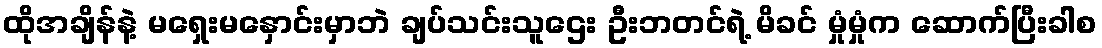
ထိုအချိန်နဲ့ မရှေးမနှောင်းမှာဘဲ ချပ်သင်းသူဌေး ဦးဘတင်ရဲ့ မိခင် မှုံမှုံက ဆောက်ပြီးခါစ